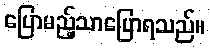
ပြောမည့်သာပြောရသည်။